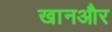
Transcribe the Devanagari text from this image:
खानऔर